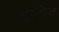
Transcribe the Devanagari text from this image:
सुर्यतेज